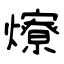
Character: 爎